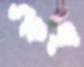
উপ্